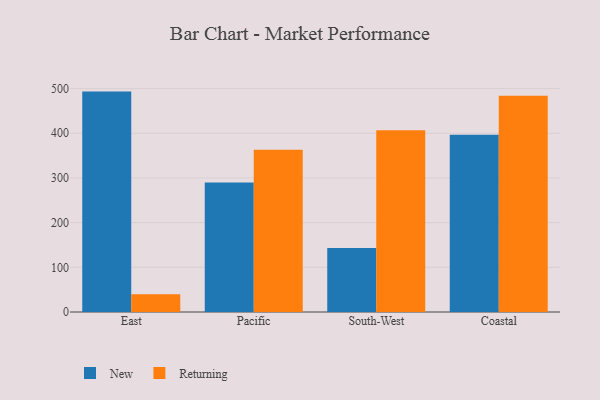
{"axis": {"x": "Region", "y": "Revenue (USD Million)"}, "legend": ["New", "Returning"], "data": [{"x": "East", "y": 493.3, "type": "New"}, {"x": "East", "y": 39.9, "type": "Returning"}, {"x": "Pacific", "y": 290.0, "type": "New"}, {"x": "Pacific", "y": 362.9, "type": "Returning"}, {"x": "South-West", "y": 143.0, "type": "New"}, {"x": "South-West", "y": 406.7, "type": "Returning"}, {"x": "Coastal", "y": 397.0, "type": "New"}, {"x": "Coastal", "y": 483.9, "type": "Returning"}]}